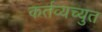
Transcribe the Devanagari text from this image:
कर्तव्यच्युत